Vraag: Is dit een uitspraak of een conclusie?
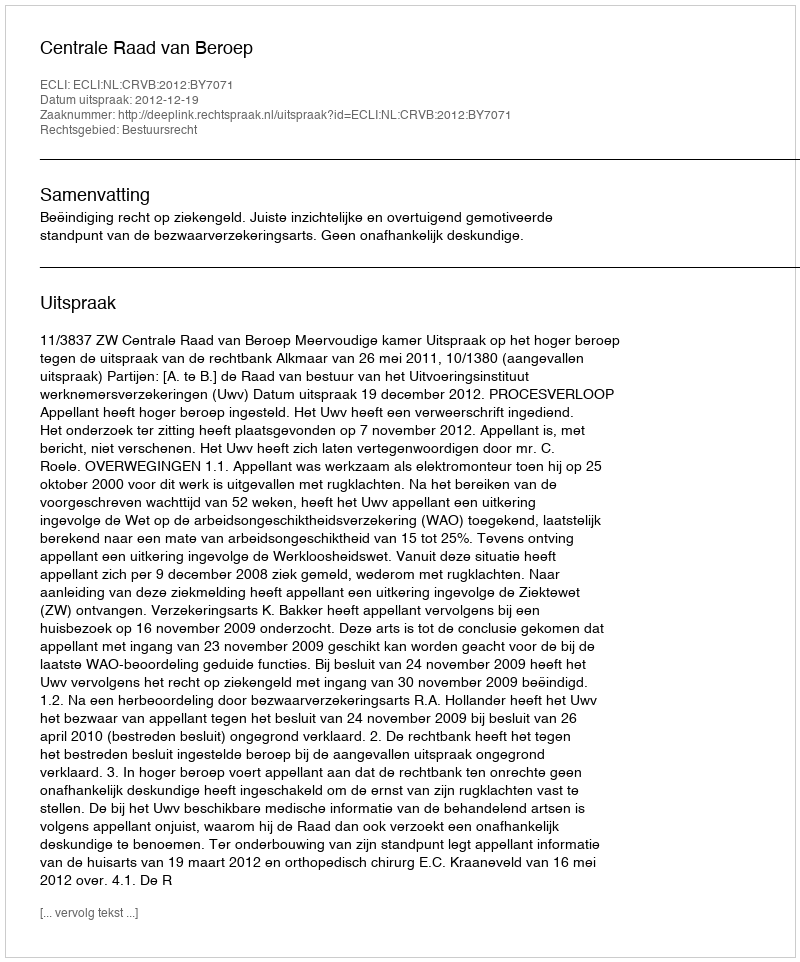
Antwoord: Uitspraak